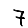
Digit: 7